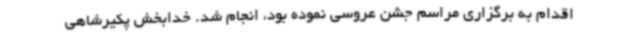
اقدام به برگزاری مراسم جشن عروسی نموده بود، انجام شد. خدابخش پکیرشاهی